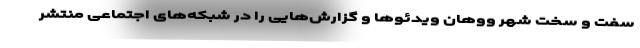
سفت و سخت شهر ووهان ویدئوها و گزارش‌هایی را در شبکه‌های اجتماعی منتشر